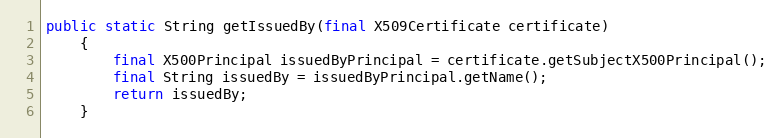
Language: Java
public static String getIssuedBy(final X509Certificate certificate)
	{
		final X500Principal issuedByPrincipal = certificate.getSubjectX500Principal();
		final String issuedBy = issuedByPrincipal.getName();
		return issuedBy;
	}